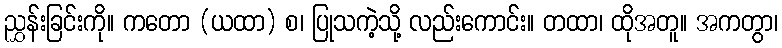
ညွှန်းခြင်းကို။ ကတော (ယထာ) စ၊ ပြုသကဲ့သို့ လည်းကောင်း။ တထာ၊ ထိုအတူ။ အကတွာ၊